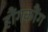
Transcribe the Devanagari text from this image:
हौंगकौंग